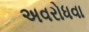
અવરોધવા